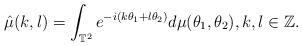
LaTeX: \begin{align*}\hat{\mu}(k,l)=\int_{\mathbb{T}^2}e^{-i(k\theta_1+l\theta_2)}d\mu(\theta_1,\theta_2),k,l \in \mathbb{Z}.\end{align*}